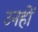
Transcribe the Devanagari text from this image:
उनहों